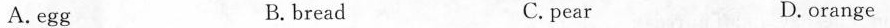
A.egg B. bread C. pear D.orange